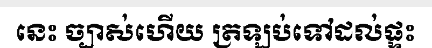
នេះ ច្បាស់ហើយ ត្រឡប់ទៅដល់ផ្ទះ